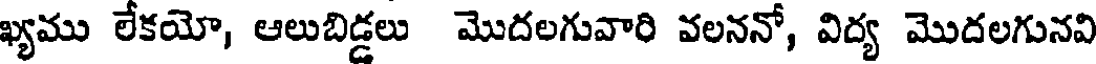
ఖ్యము లేకయో, ఆలుబిడ్డలు మొదలగువారి వలననో, విద్య మొదలగునవి